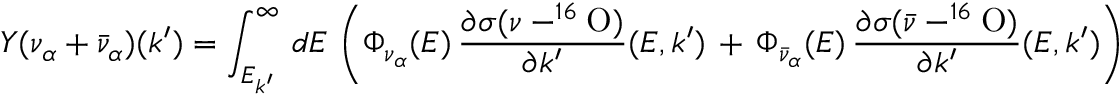
Y ( \nu _ { \alpha } + \bar { \nu } _ { \alpha } ) ( k ^ { \prime } ) = \int _ { E _ { k ^ { \prime } } } ^ { \infty } \, d E \, \left( \Phi _ { \nu _ { \alpha } } ( E ) \, \frac { { \partial \sigma } ( \nu - ^ { 1 6 } \mathrm { O } ) } { \partial k ^ { \prime } } ( E , k ^ { \prime } ) \, + \, \Phi _ { \bar { \nu } _ { \alpha } } ( E ) \, \frac { { \partial \sigma } ( \bar { \nu } - ^ { 1 6 } \mathrm { O } ) } { \partial k ^ { \prime } } ( E , k ^ { \prime } ) \right)